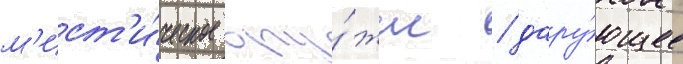
м'ист'и́ческое ору́жие / дару́ющее